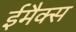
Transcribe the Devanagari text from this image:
ईमैक्स